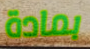
بمادة